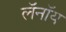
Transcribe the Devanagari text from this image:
लॅनॉय